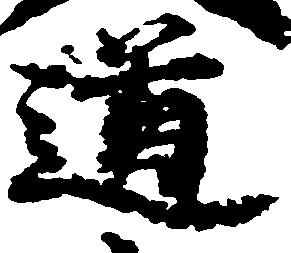
道